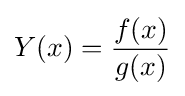
Y(x)={\frac {f(x)}{g(x)}}